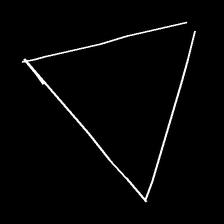
Glyph: convergence